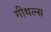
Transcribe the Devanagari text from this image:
गीथल्स